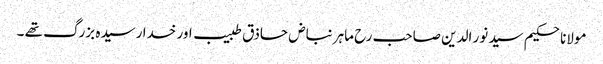
مولانا حکیم سید نور الدین صاحب رح ماہر نباض حاذق طبیب اور خدا رسیدہ بزرگ تھے ۔